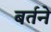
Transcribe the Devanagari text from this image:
बर्तने